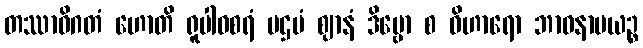
တဿာဓိဂတံ ဟောတိ ရူပါဝစရံ ပဌမံ ဈာနံ ဒိဗ္ဗော စ ဝိဟာရော ဘာဝနာမယဉ္စ